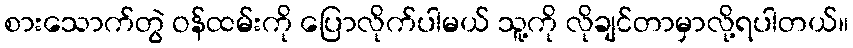
စားသောက်တွဲ ဝန်ထမ်းကို ပြောလိုက်ပါမယ် သူ့ကို လိုချင်တာမှာလို့ရပါတယ်။